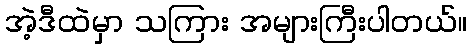
အဲ့ဒီထဲမှာ သကြား အများကြီးပါတယ်။